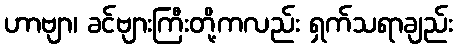
ဟာဗျာ၊ ခင်ဗျားကြီးတို့ကလည်း ရှက်သရာချည်း